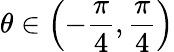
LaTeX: \theta\in\left({-\frac{\pi}{4},\frac{\pi}{4}}\right)